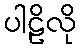
ပါဠိလို